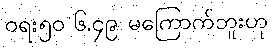
ဝရး၅၀ ၆.၄၉ မကြောက်ဘူးဟု